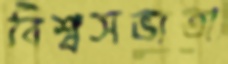
বিশ্বসভ্যতা